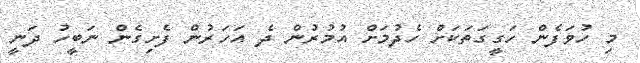
މި ހުވަފެން ހަގީގަތަކަށް ހެދުމަށް އުމުރުން ދެ އަހަރުން ފެށިގެން ނަބީހު ދަނީ